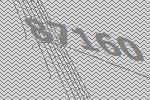
87160